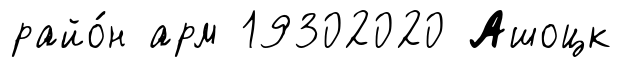
райо́н арм 19302020 Ашоцк